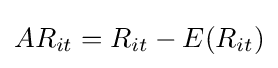
AR_{it}=R_{it}-E(R_{it})